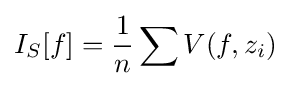
I_{S}[f]={\frac {1}{n}}\sum V(f,z_{i})